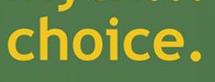
choice